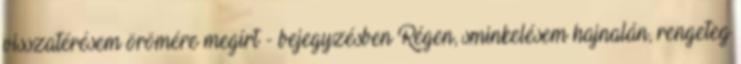
visszatérésem örömére megírt - bejegyzésben Régen, sminkelésem hajnalán, rengeteg